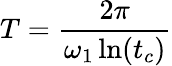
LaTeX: T=\frac{2\pi}{\omega_{1}\ln(t_{c})}